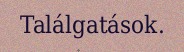
Találgatások.